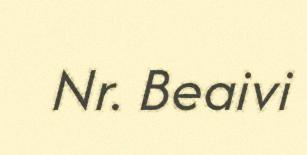
Nr. Beaivi